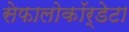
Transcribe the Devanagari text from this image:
सेफालोकॉर्डेटा